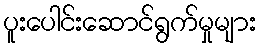
ပူးပေါင်းဆောင်ရွက်မှုများ